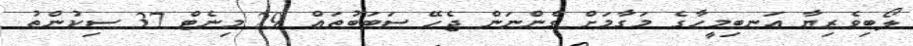
ލޯބިވެރިޔާ އަނބިމީހާގެ މަގާމަށް ގެންނަން ޖެހޭ ސަބަބުތައް 29 މިނެޓް 37 ސިކުންތު